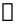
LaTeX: \boldsymbol{\mathscr{M}}